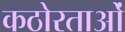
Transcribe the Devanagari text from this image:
कठोरताओं